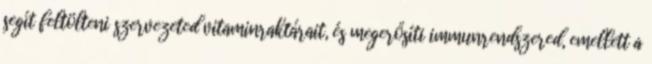
segít feltölteni szervezeted vitaminraktárait, és megerősíti immunrendszered, emellett a